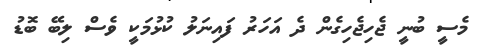
މެސީ ބުނީ ޖެހިޖެހިގެން ދެ އަހަރު ފައިނަލު ކުޅުމަކީ ވެސް ލިބޭ ބޮޑު